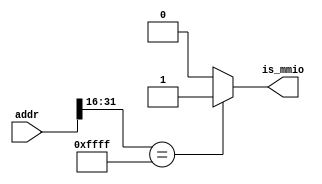
`timescale 1ns / 1ps
module mmio_addr(
    input [31:0] addr,
    output reg is_mmio
);
    always @* begin
        casex(addr)
            32'hFFFF????:   is_mmio = 1;
            default:        is_mmio = 0;
        endcase
    end

endmodule